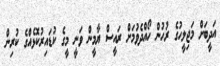
އަދީބަށް މަޖިލީހުގެ ރުހުން ހޯއްދެވުމަށް ރައީސް ޔާމީން ވަނީ މީގެ ކުޑައިރުކޮޅެއްގެ ކުރިން